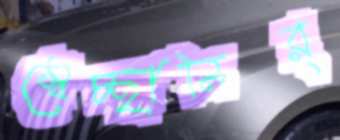
স্বেচ্ছানির্